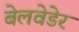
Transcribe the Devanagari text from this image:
बेलवेडेर